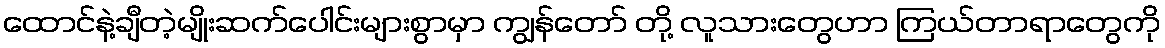
ထောင်နဲ့ချီတဲ့မျိုးဆက်ပေါင်းများစွာမှာ ကျွန်တော် တို့ လူသားတွေဟာ ကြယ်တာရာတွေကို